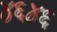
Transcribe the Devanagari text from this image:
४६४६